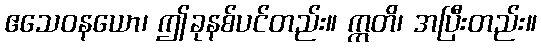
ဧသေဝနယော၊ ဤခုနစ်ပင်တည်း။ ဣတိ၊ အပြီးတည်း။